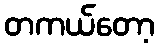
တကယ်တော့